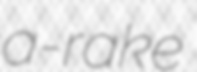
a-rake